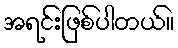
အရင်းဖြစ်ပါတယ်။